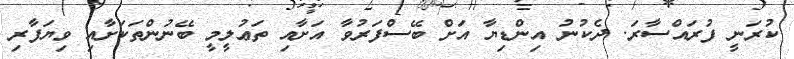
ކުރަނީ ފުރައްސާރަ. ދެކުނު އިންޑިޔާ އަށް ބޭސްފަރުވާ އަށާއި ތަޢުލީމީ ބޭނުންތަކަށާއި ވިޔަފާރި